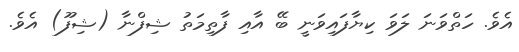
އެވެ. ހަތްވަނަ ލަވަ ކިޔާފައިވަނީ ބޭ އާއި ފާތިމަތު ޝިފްނާ (ޝިފޫ) އެވެ.